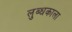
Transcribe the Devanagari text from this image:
लुब्धकाला